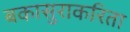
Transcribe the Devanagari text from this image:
बकासुराकरिता